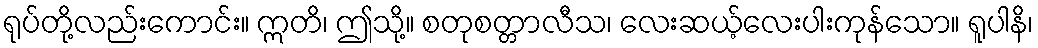
ရုပ်တို့လည်းကောင်း။ ဣတိ၊ ဤသို့။ စတုစတ္တာလီသ၊ လေးဆယ့်လေးပါးကုန်သော။ ရူပါနိ၊